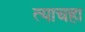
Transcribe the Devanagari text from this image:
त्याचहा